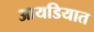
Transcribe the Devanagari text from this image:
आयडियात